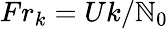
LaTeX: Fr_{k}=Uk/\mathbb{N}_{0}